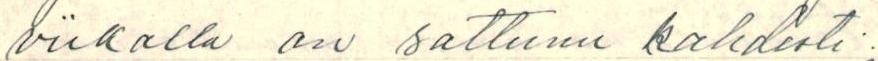
viikolla on sattunu kahdesti.